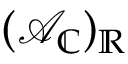
( \mathcal { A } _ { \mathbb { C } } ) _ { \mathbb { R } }